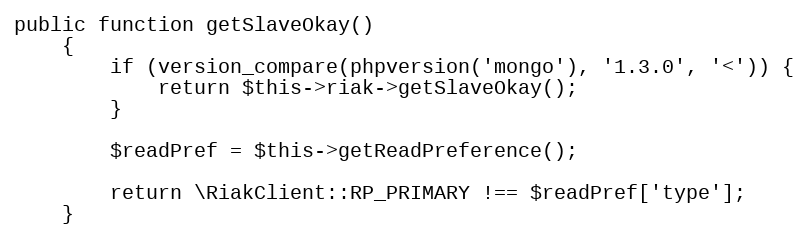
Language: PHP
public function getSlaveOkay()
    {
        if (version_compare(phpversion('mongo'), '1.3.0', '<')) {
            return $this->riak->getSlaveOkay();
        }

        $readPref = $this->getReadPreference();

        return \RiakClient::RP_PRIMARY !== $readPref['type'];
    }